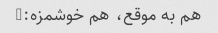
هم به موقع، هم خوشمزه:)